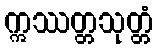
ဣဿတ္တသုတ္တံ